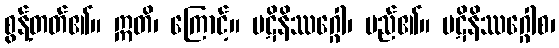
စွန့်တတ်၏။ ဣတိ၊ ကြောင့်။ ပဋိနိဿဂ္ဂေါ၊ မည်၏။ ပဋိနိဿဂ္ဂေါစ၊